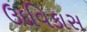
ઉદવિકાસ